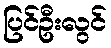
ပြင်ဦးလွင်